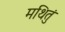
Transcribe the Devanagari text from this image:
मथितुं